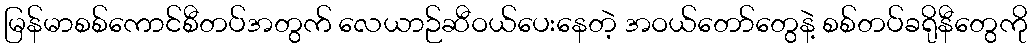
မြန်မာစစ်ကောင်စီတပ်အတွက် လေယာဉ်ဆီဝယ်ပေးနေတဲ့ အဝယ်တော်တွေနဲ့ စစ်တပ်ခရိုနီတွေကို